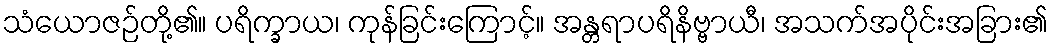
သံယောဇဉ်တို့၏။ ပရိက္ခာယ၊ ကုန်ခြင်းကြောင့်။ အန္တရာပရိနိဗ္ဗာယီ၊ အသက်အပိုင်းအခြား၏